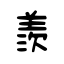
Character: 羨